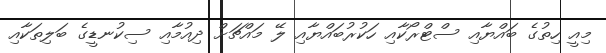
މިއީ ހިތުގެ ބައްޔާއި ސްޓްރޯކާއި ހަކުރުބައްޔާއި ލޭ މައްޗަށް ދިއުމާއި ސިކުނޑީގެ ބަލިތަކާއި